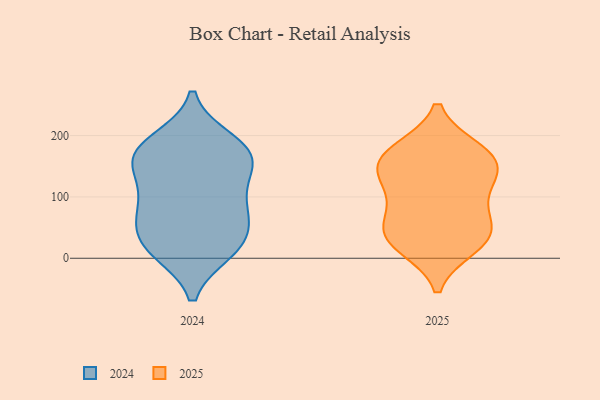
{"axis": {"x": "Gross Profit (USD K)", "y": "Value"}, "legend": ["2024", "2025"], "data": [{"x": "", "y": 159, "type": "2025"}, {"x": "", "y": 31, "type": "2025"}, {"x": "", "y": 176, "type": "2025"}, {"x": "", "y": 53, "type": "2025"}, {"x": "", "y": 20, "type": "2025"}, {"x": "", "y": 157, "type": "2025"}, {"x": "", "y": 139, "type": "2025"}, {"x": "", "y": 84, "type": "2025"}, {"x": "", "y": 176, "type": "2025"}, {"x": "", "y": 108, "type": "2025"}, {"x": "", "y": 48, "type": "2025"}, {"x": "", "y": 29, "type": "2025"}, {"x": "", "y": 133, "type": "2025"}, {"x": "", "y": 22, "type": "2024"}, {"x": "", "y": 167, "type": "2024"}, {"x": "", "y": 168, "type": "2024"}, {"x": "", "y": 67, "type": "2024"}, {"x": "", "y": 34, "type": "2024"}, {"x": "", "y": 17, "type": "2024"}, {"x": "", "y": 107, "type": "2024"}, {"x": "", "y": 83, "type": "2024"}, {"x": "", "y": 147, "type": "2024"}, {"x": "", "y": 178, "type": "2024"}, {"x": "", "y": 190, "type": "2024"}, {"x": "", "y": 13, "type": "2024"}, {"x": "", "y": 80, "type": "2024"}, {"x": "", "y": 159, "type": "2024"}]}